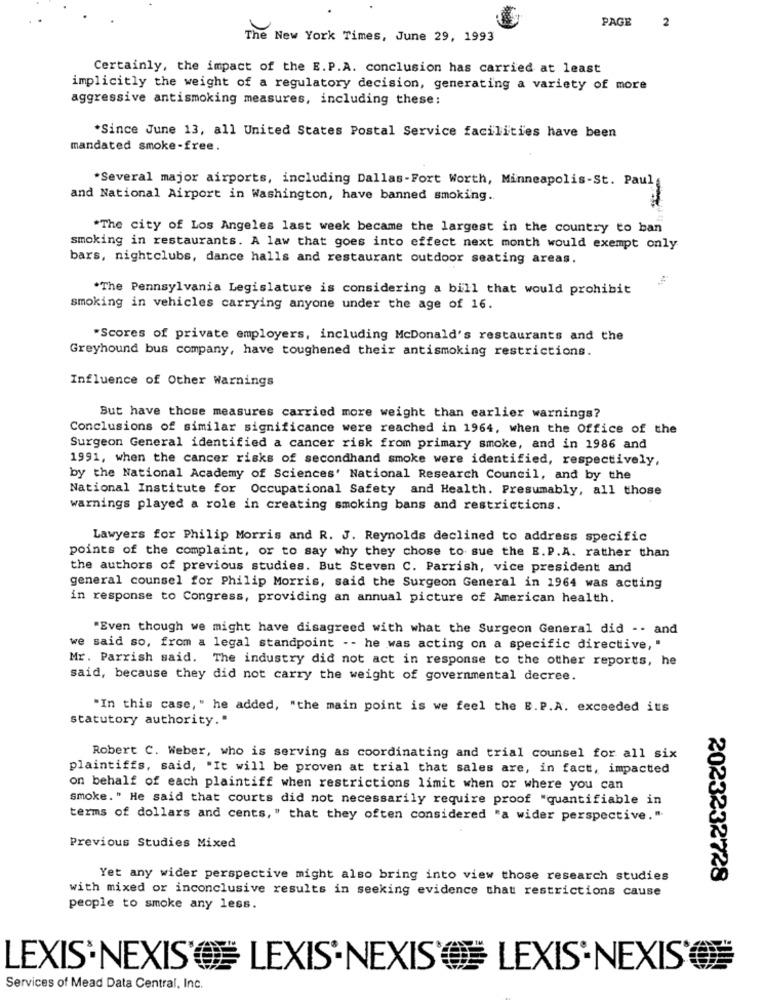
PAGE
2
The New York Times, June 29, 1993
Certainly, the impact of the E. P.A. conclusion has carried at least
implicitly the weight of a regulatory decision, generating a variety of more
aggressive antismoking measures, including these:
*Since June 13, all United States Postal Service facilities have been
mandated smoke-free.
*Several major airports, including Dallas-Fort Worth, Minneapolis-St. Paul
and National Airport in Washington, have banned smoking.
*The city of Los Angeles last week became the largest in the country to ban
smoking in restaurants. A law that goes into effect next month would exempt only
bars, nightclubs, dance halls and restaurant outdoor seating areas.
*The Pennsylvania Legislature is considering a bill that would prohibit
smoking in vehicles carrying anyone under the age of 16.
"Scores of private employers, including McDonald's restaurants and the
Greyhound bus company, have toughened their antismoking restrictions.
Influence of Other Warnings
But have those measures carried more weight than earlier warnings?
Conclusions of similar significance were reached in 1964, when the Office of the
Surgeon General identified a cancer risk from primary smoke, and in 1986 and
1991, when the cancer risks of secondhand smoke were identified, respectively,
by the National Academy of Sciences' National Research Council, and by the
National Institute for Occupational Safety and Health. Presumably, all those
warnings played a role in creating smoking bans and restrictions.
Lawyers for Philip Morris and R. J. Reynolds declined to address specific
points of the complaint, or to say why they chose to sue the E.P.A. rather than
the authors of previous studies. But Steven C. Parrish, vice president and
general counsel for Philip Morris, said the Surgeon General in 1964 was acting
in response to Congress, providing an annual picture of American health.
"Even though we might have disagreed with what the Surgeon General did -. and
we said so, from a legal standpoint -- he was acting on a specific directive, "
Mr. Parrish said. The industry did not act in response to the other reports, he
said, because they did not carry the weight of governmental decree.
"In this case, " he added, "the main point is we feel the E.P.A. exceeded its
statutory authority."
Robert C. Weber, who is serving as coordinating and trial counsel for all six
plaintiffs, said, "It will be proven at trial that sales are, in fact, impacted
on behalf of each plaintiff when restrictions limit when or where you can
smoke." He said that courts did not necessarily require proof "quantifiable in
terms of dollars and cents, " that they often considered "a wider perspective."
Previous Studies Mixed
Yet any wider perspective might also bring into view those research studies
2023232728
with mixed or inconclusive results in seeking evidence that restrictions cause
people to smoke any less.
LEXIS'NEXIS' LEXIS NEXIS' LEXIS'NEXIS'
Services of Mead Data Central, Inc.